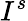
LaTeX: I^{s}